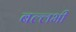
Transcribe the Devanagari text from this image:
बल्‍लभी